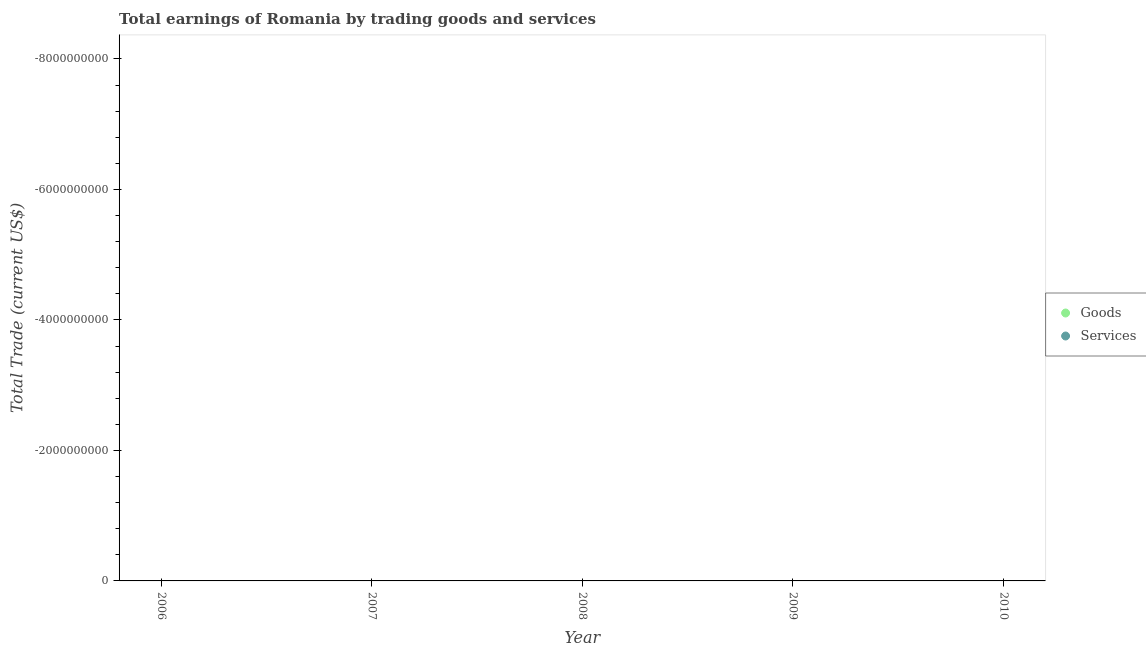
| Year | Goods | Services |
 | --- | --- | --- |
 | 2006 | -2.01e+10 | -1.48e+10 |
 | 2007 | -2.83e+10 | -2.4e+10 |
 | 2008 | -3.19e+10 | -2.72e+10 |
 | 2009 | -1.2e+10 | -1e+10 |
 | 2010 | -1.19e+10 | -9.49e+09 |